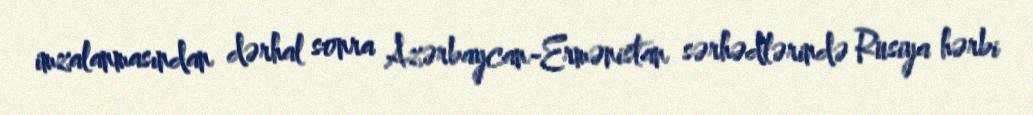
imzalanmasından dərhal sonra Azərbaycan-Ermənistan sərhədlərində Rusiya hərbi